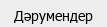
Дәрумендер